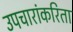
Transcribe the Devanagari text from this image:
उपचारांकरिता